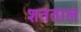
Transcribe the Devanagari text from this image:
शतताल